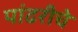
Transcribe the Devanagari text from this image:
पांढरीचे